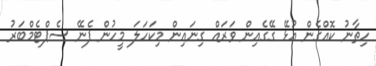
ހިތާނު ކޮއްގެން އުޅޭ ގޭގެއިން ވަރައް ގިނައިން މިކަހަލަ މީހުން ފެނޭ ސެޕްޓެމްބަރު